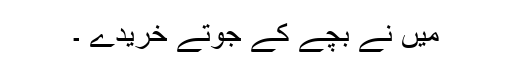
میں نے بچے کے جوتے خریدے ۔